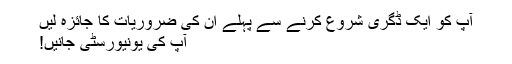
آپ کو ایک ڈگری شروع کرنے سے پہلے ان کی ضروریات کا جائزہ لیں
آپ کی یونیورسٹی جانیں!